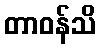
တာဝန်သိ